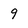
Character: 9